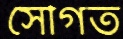
সৌগত